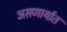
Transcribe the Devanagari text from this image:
असणार्यात